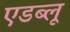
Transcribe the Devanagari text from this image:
एडब्लू